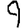
Digit: 9